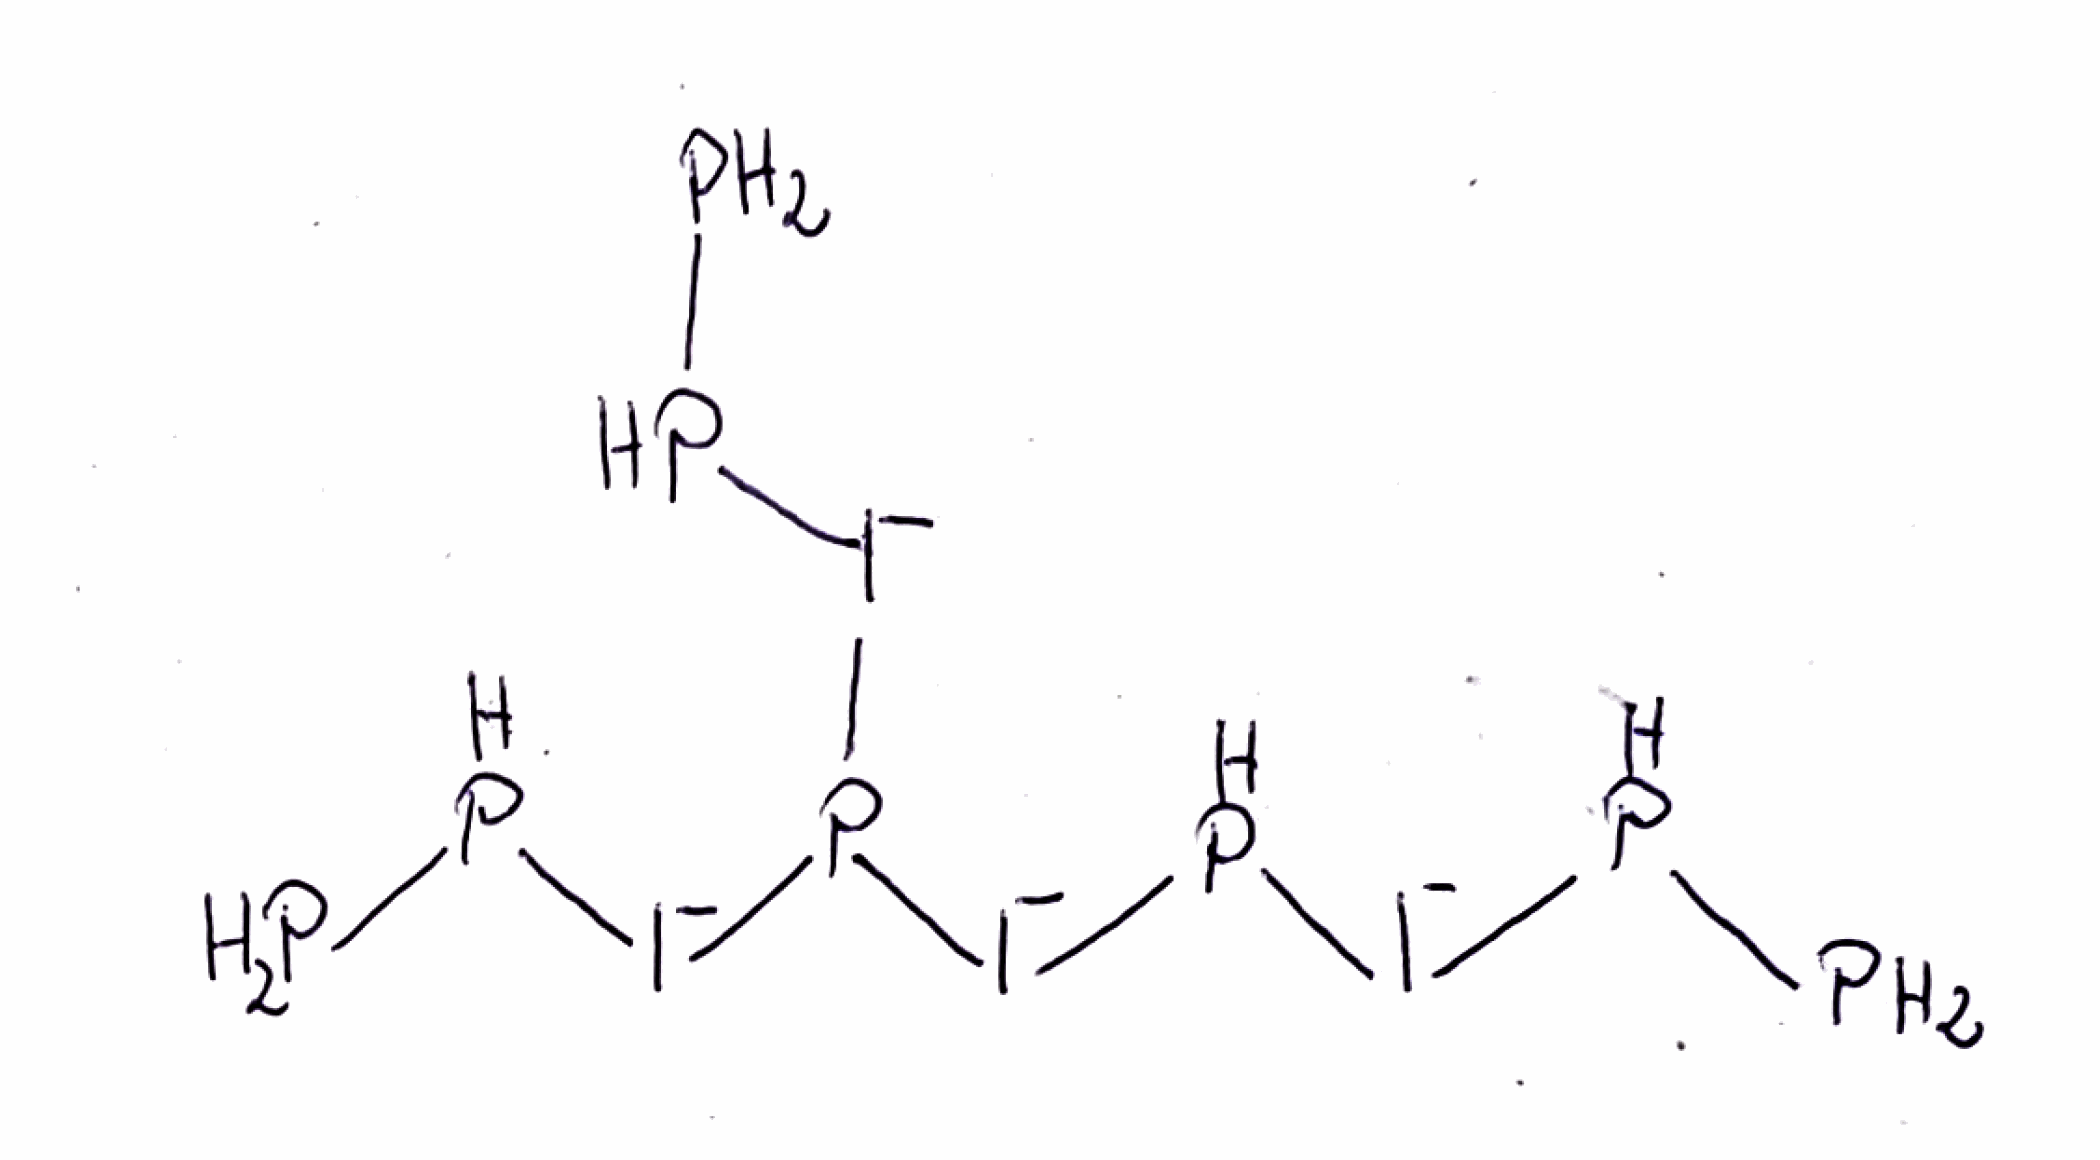
Simplified molecular-input line-entry system (SMILES) notation of the given molecule:
PP[I-]P[I-]P([I-]PP)[I-]PP